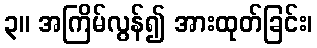
၃။ အကြိမ်လွန်၍ အားထုတ်ခြင်း၊